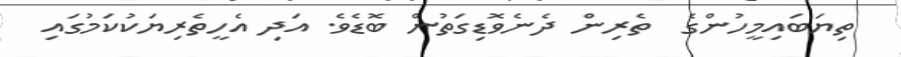
ތިޔަބައިމީހުންގެ  ތެރިން ދެނެވޮޑިގަތުން ބޮޑެވެ. އަދި އެހީތެރިޔަކުކަމުގައި